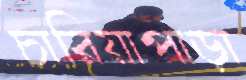
চারিয়াপাড়া